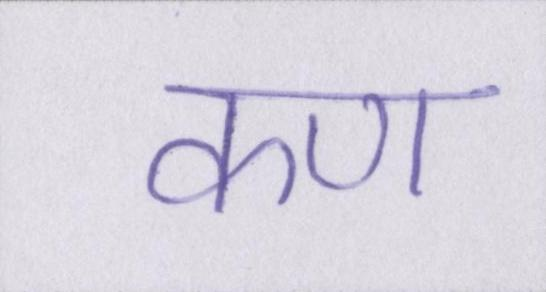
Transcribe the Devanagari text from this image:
कण